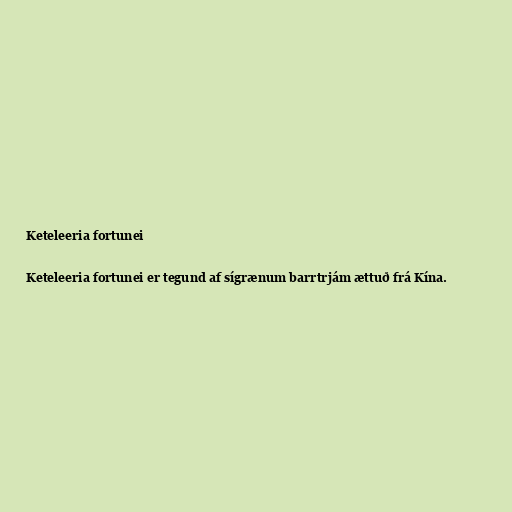
Keteleeria fortunei

Keteleeria fortunei er tegund af sígrænum barrtrjám ættuð frá Kína.